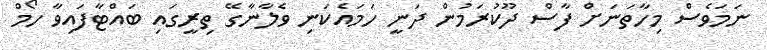
ނަމަވެސް މިހާތަނަށް ފާސް ދޫކުރަމުން ދަނީ ހަމައެކަނި ވެލާނާގޭ ތިރީގައި ބައްޓާފައިވާ ހޯމް